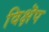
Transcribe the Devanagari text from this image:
विक्षॆप